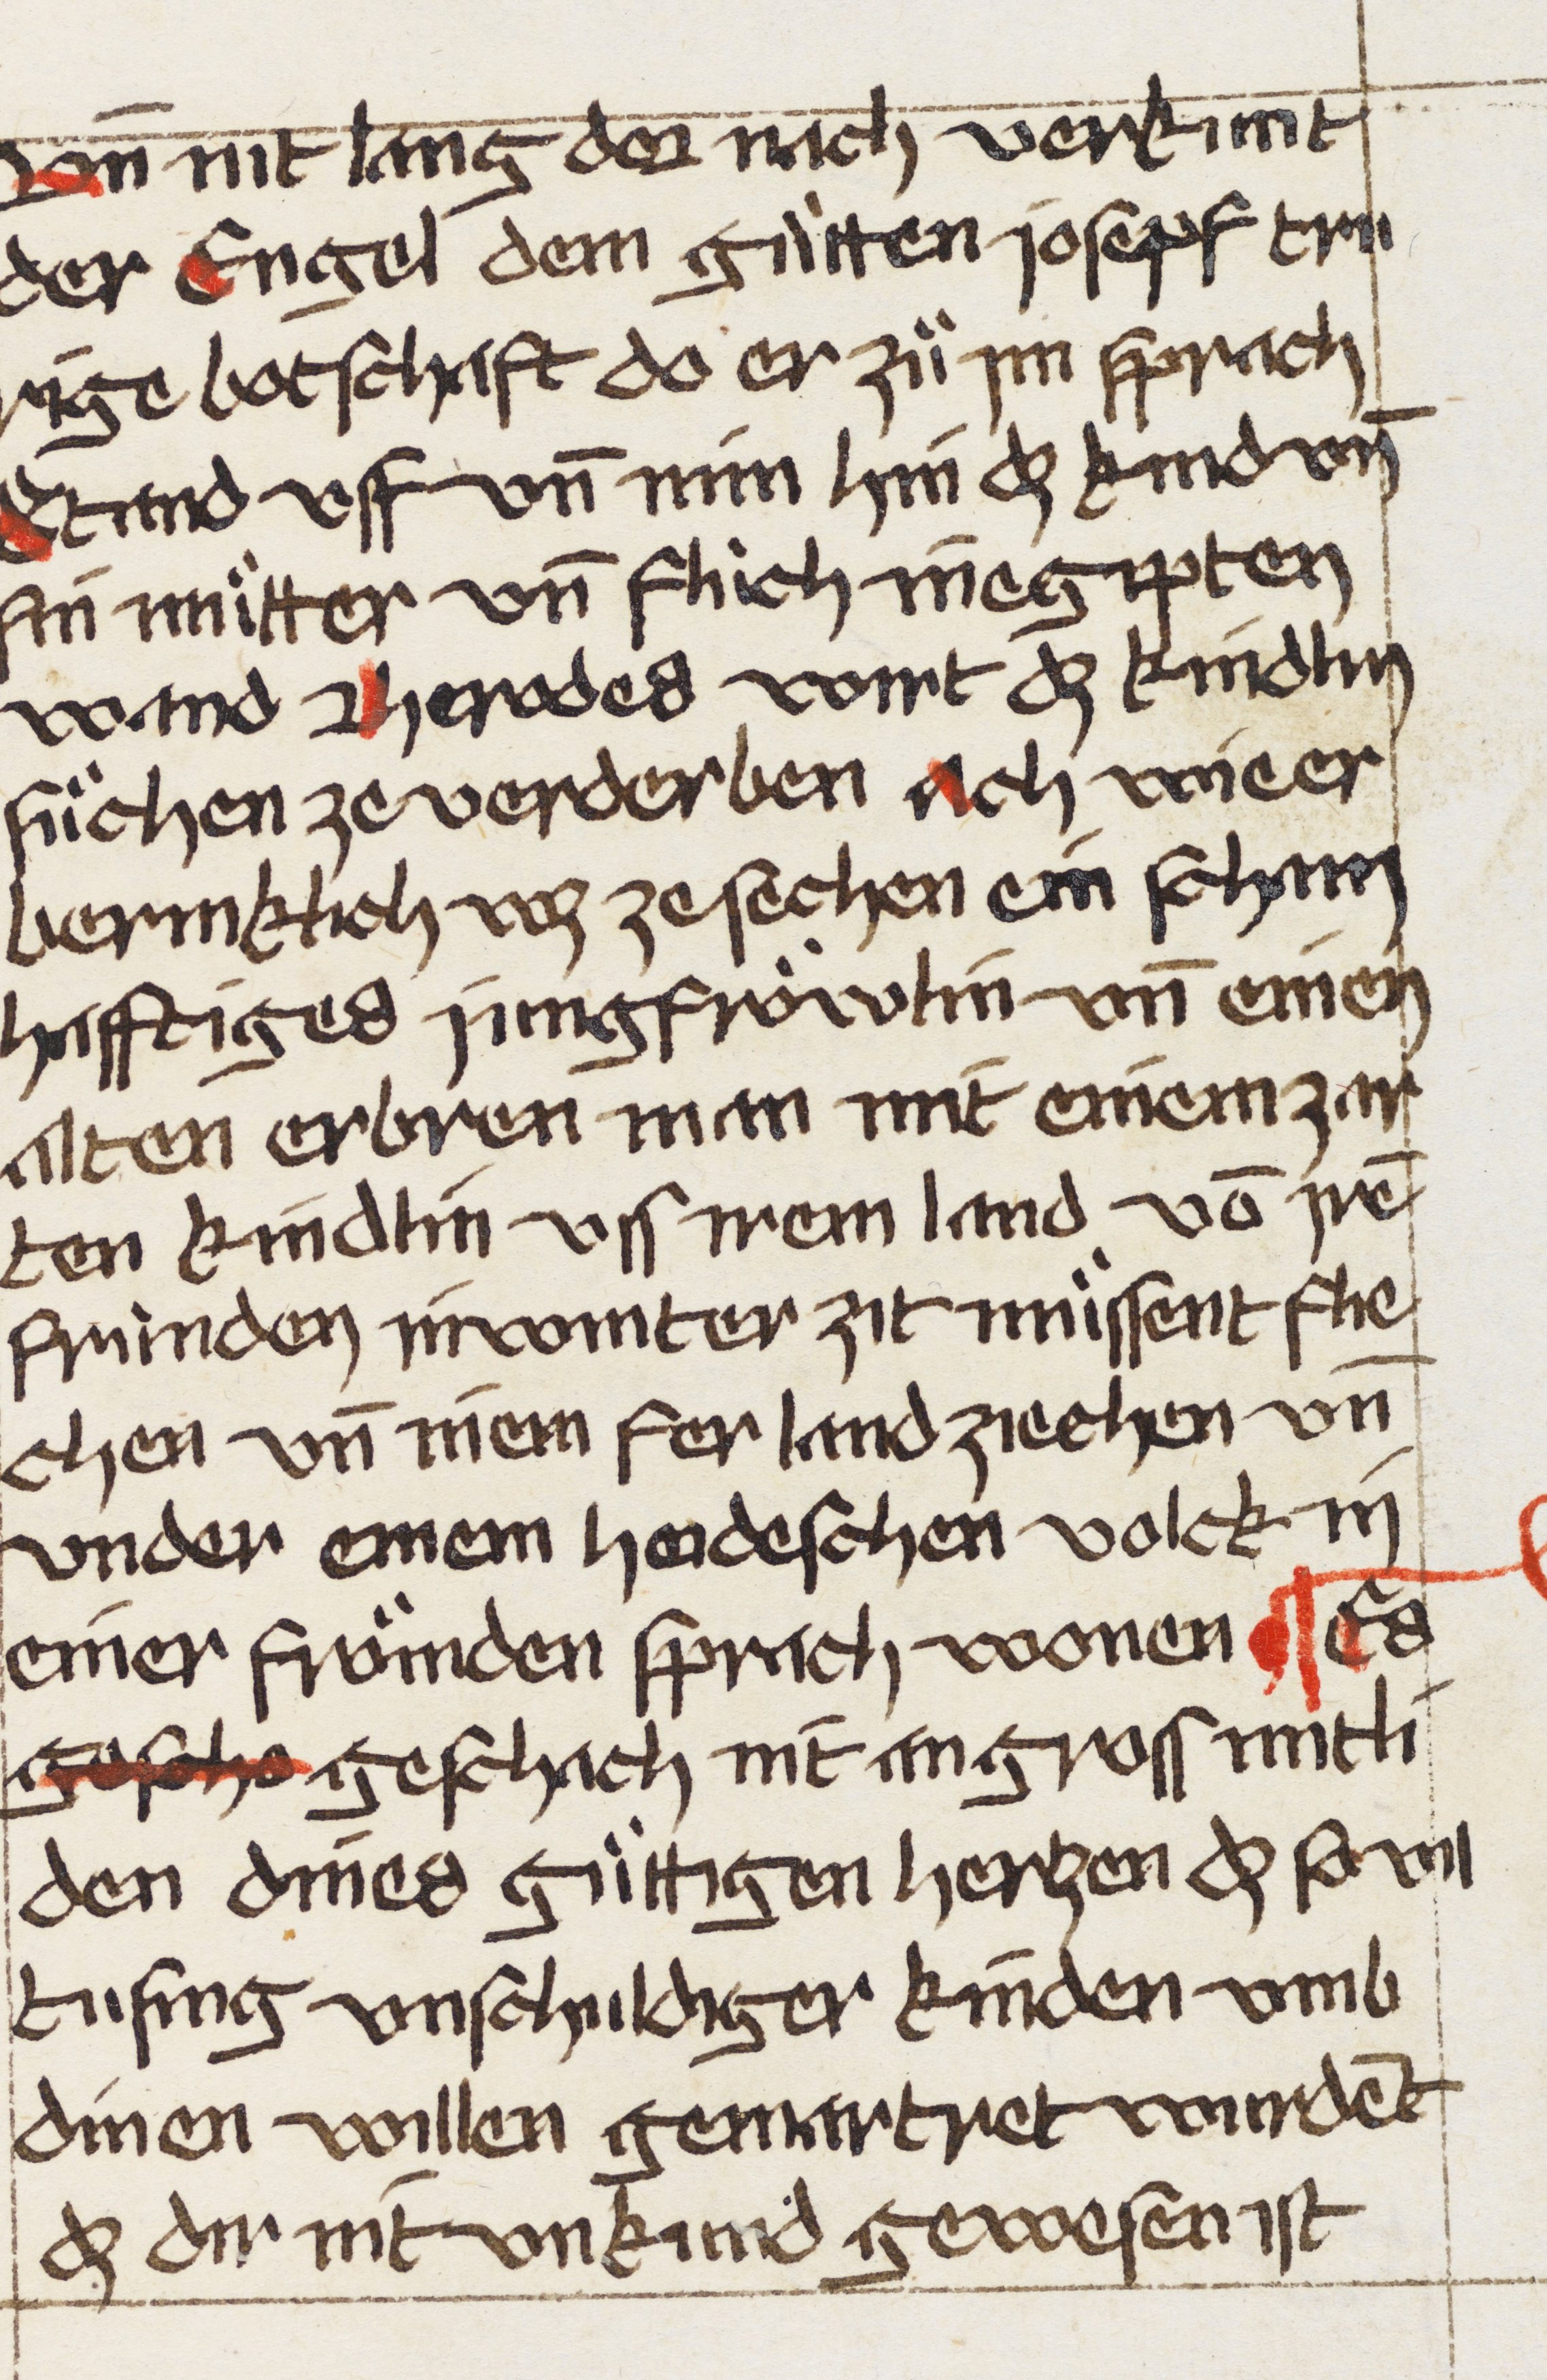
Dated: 1507–1507